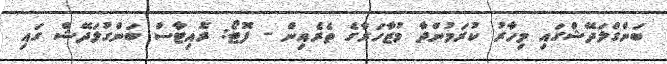
ބަންގްލަދޭޝްގައި މިހާރު ކުރަމުންދާ މުޒާހަރާގެ ތެރެއިން - ފޮޓޯ: ރޮއިޓާސް ބަންގުލަދޭޝް ގައި